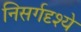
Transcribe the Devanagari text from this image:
निसर्गदृश्ये